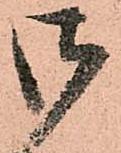
御